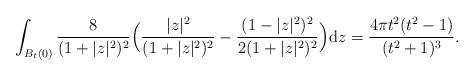
LaTeX: \begin{align*}\begin{aligned}&\int_{B_t(0)} \frac{8}{(1+ |z|^2)^2} \Big( \frac{ |z|^2 }{ (1+ |z|^2)^2 } - \frac{ (1- |z|^2 )^2}{ 2(1+ |z|^2)^2 }\Big)\mathrm{d} z=\frac{4\pi t^2(t^2-1)}{(t^2+1)^3}.\end{aligned}\end{align*}